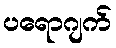
ပရောဂျက်